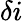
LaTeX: \delta i